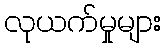
လုယက်မှုများ